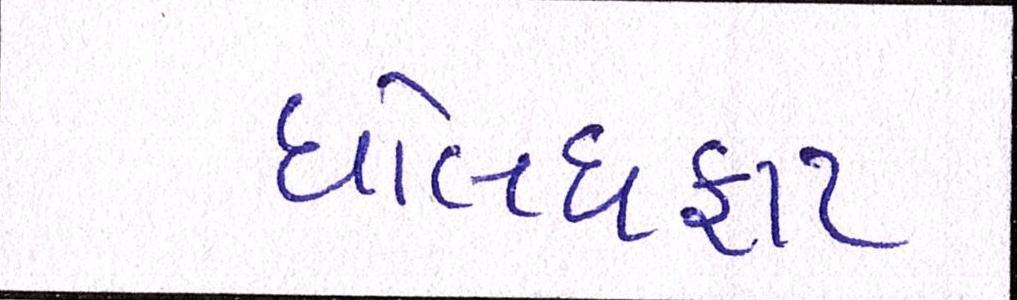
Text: ધોલધફાટ